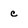
Character: c